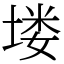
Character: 𪣻